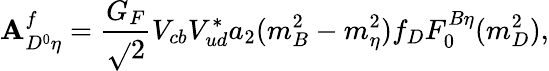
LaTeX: \mathbf{A}_{D^{0}\eta}^{f}={\frac{{G_{F}}}{{\sqrt{}{2}}}}V_{cb}V_{ud}^{*}a_{2}(m_{B}^{2}-m_{\eta}^{2})f_{D}F_{0}^{B\eta}(m_{D}^{2}),